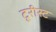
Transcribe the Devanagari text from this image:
टूरीस्ट